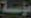
مؤسسة